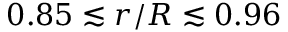
0 . 8 5 \lesssim r / R \lesssim 0 . 9 6